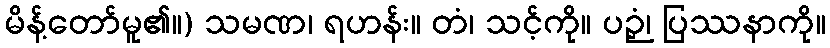
မိန့်တော်မူ၏။) သမဏ၊ ရဟန်း။ တံ၊ သင့်ကို။ ပဉှံ၊ ပြဿနာကို။